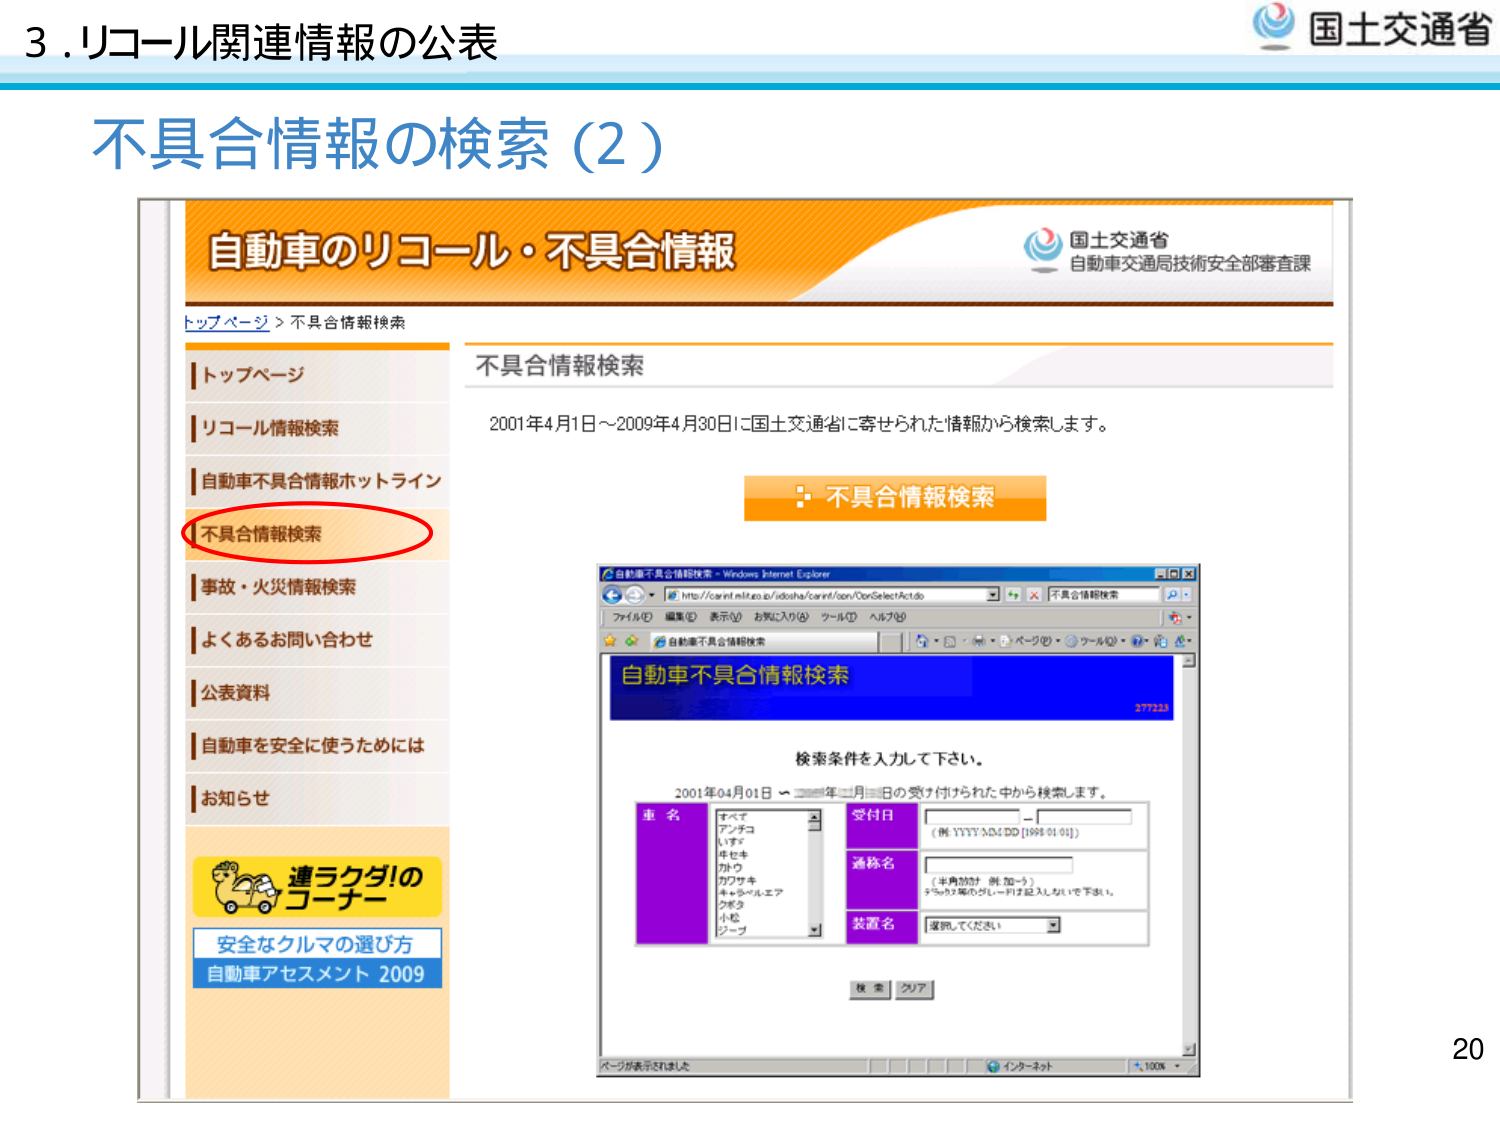
3. リコール関連情報の公表
不具合情報の検索（2）

自動車のリコール・不具合情報
国土交通省
自動車交通局技術安全部審査課

トップページ > 不具合情報検索

トップページ
リコール情報検索
自動車不具合情報ホットライン
不具合情報検索
事故・火災情報検索
よくあるお問い合わせ
公表資料
自動車を安全に使うためには
お知らせ

連ラクダ!の
コーチー
安全なクルマの選び方
自動車アセスメント 2009

不具合情報検索
2001年4月1日～2009年4月30日に国土交通省に寄せられた情報から検索します。

不具合情報検索

自動車不具合情報検索
277225

検索条件を入力して下さい。
2001年04月01日 ～ 年 月 日の受け付けられた中から検索します。

車名
すべて
アンコロ
いすゞ
キセキ
カローラ
カワサキ
キャロルエア
クボタ
小松
シーブ

受付日
（例 YYYY/MM/DD [1998-01-01]）

通称名
（半角ｶﾀｶﾅ、例：加-9）
半角ｶﾀｶﾅ等の5桁～10桁まで入力して下さい。

装置名
選択してください

検索 クリア

ページが表示されました
インターネット
100%

国土交通省
20